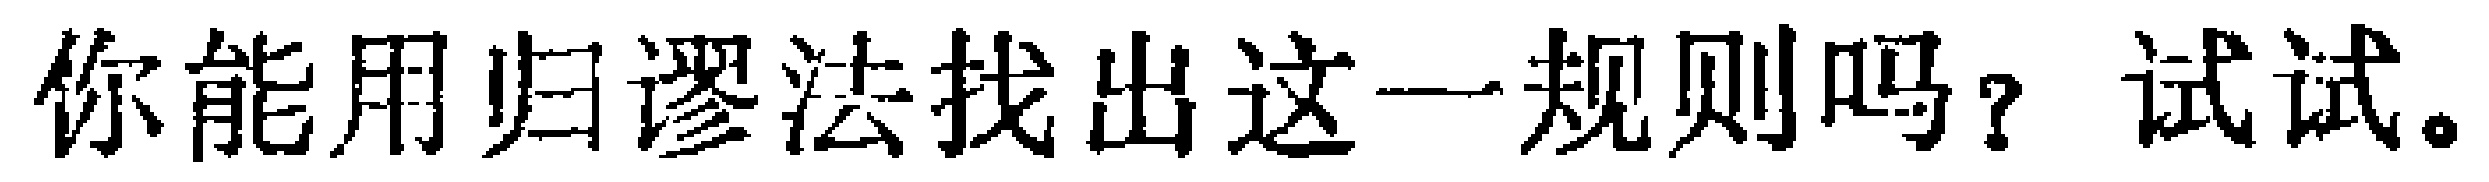
你能用归谬法找出这一规则吗？试试。